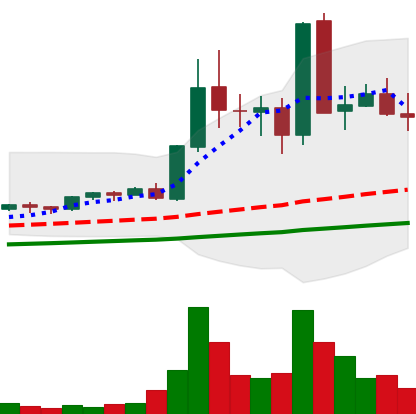
Ticker: EOS-USD
Chart end date: 2021-05-16
Forward return: -45.061%
Label: down_7plus